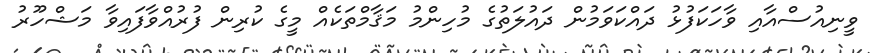
ވީނިއުސްއާއި ވާހަކަފުޅު ދައްކަވަމުން ދައުލަތުގެ މުހިންމު މަޤާމްތަކެއް މީގެ ކުރިން ފުރުއްވާފައިވާ މަޝްހޫރު